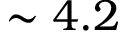
\sim 4 . 2